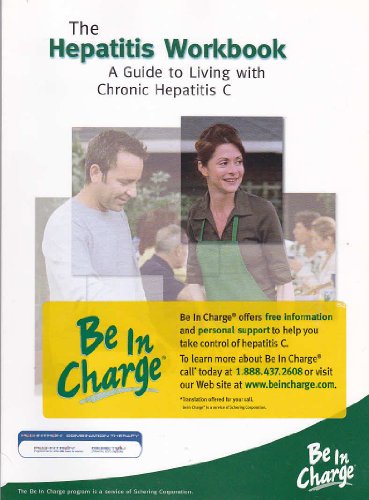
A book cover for The Hepatitis Workbook: A Guide to Living with Chronic Hepatitis C; Willis C. Maddrey; Health, Fitness & Dieting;